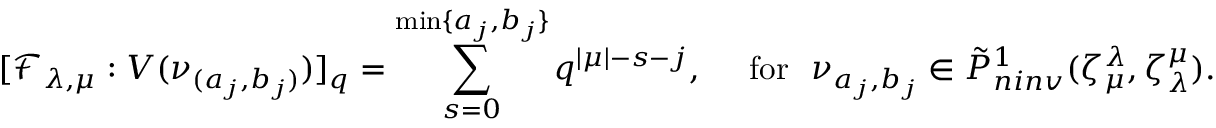
[ \mathcal F _ { \lambda , \mu } : V ( \nu _ { ( a _ { j } , b _ { j } ) } ) ] _ { q } = \sum _ { s = 0 } ^ { \operatorname* { m i n } \{ a _ { j } , b _ { j } \} } q ^ { | \mu | - s - j } , \quad \mathrm { ~ f o r ~ } \, \, \nu _ { a _ { j } , b _ { j } } \in \tilde { P } _ { n i n v } ^ { 1 } ( \zeta _ { \mu } ^ { \lambda } , \zeta _ { \lambda } ^ { \mu } ) .